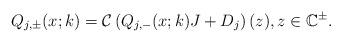
LaTeX: \begin{align*}Q_{j,\pm}(x;k)=\mathcal{C}\left(Q_{j,-}(x ; k) J+D_j\right)(z), z \in \mathbb{C}^{\pm}.\end{align*}